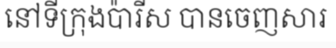
នៅទីក្រុងប៉ារីស បានចេញសារ